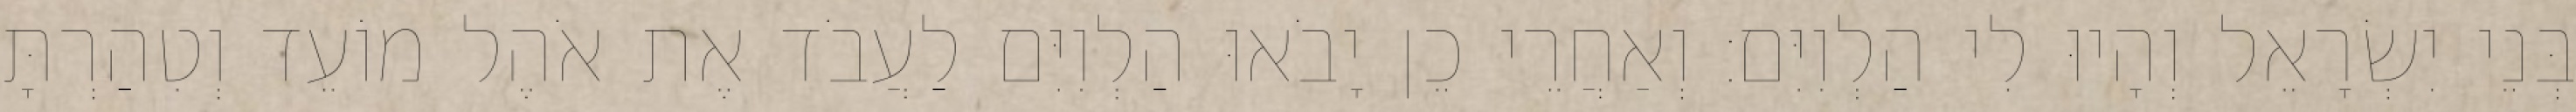
בְּנֵי יִשְׂרָאֵל וְהָיוּ לִי הַלְוִיִּם׃ וְאַחֲרֵי כֵן יָבֹאוּ הַלְוִיִּם לַעֲבֹד אֶת אֹהֶל מוֹעֵד וְטִהַרְתָּ